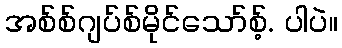
အစ်စ်ဂျပ်စ်မိုင်သော်စ့်. ပါပဲ။